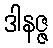
ဒါနဇ္ဇ